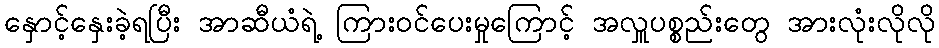
နှောင့်နှေးခဲ့ရပြီး အာဆီယံရဲ့ ကြားဝင်ပေးမှုကြောင့် အလှူပစ္စည်းတွေ အားလုံးလိုလို